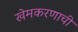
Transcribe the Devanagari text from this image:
खेमकरणाची